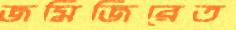
জমিজিরেত